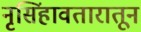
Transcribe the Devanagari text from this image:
नृसिंहावतारातून